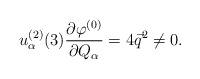
\begin{align*}u^{(2)}_\alpha(3) \frac{\partial\varphi^{(0)}}{\partial Q_\alpha}=4\vec q^2 \not =0.\end{align*}